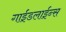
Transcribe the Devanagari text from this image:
गाईडलाईन्स